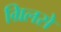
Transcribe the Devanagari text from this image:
ग्रिलसे